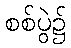
စစ်ပွဲ၌